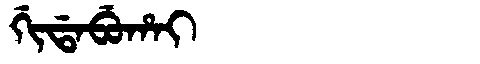
Manchu: ᡤᡳᡩᠠᠪᡠᡥᠠᡳ
Romanization: GIDABUHAI